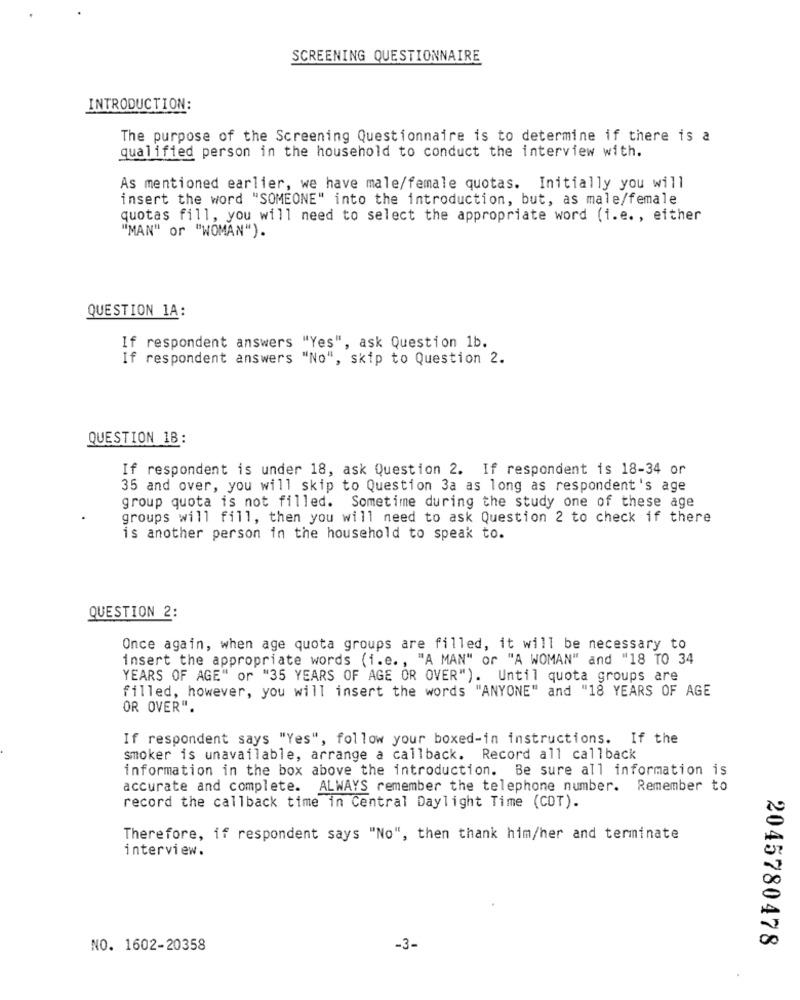
SCREENING QUESTIONNAIRE
INTRODUCTION:
The purpose of the Screening Questionnaire is to determine if there is a
qualified person in the household to conduct the interview with.
As mentioned earlier, we have male/female quotas. Initially you will
insert the word "SOMEONE" into the introduction, but, as male/female
quotas fill, you will need to select the appropriate word (i.e. , either
"MAN" or "WOMAN").
QUESTION 1A:
If respondent answers "Yes", ask Question 1b.
If respondent answers "No", skip to Question 2.
QUESTION 1B:
If respondent is under 18, ask Question 2. If respondent is 18-34 or
35 and over, you will skip to Question 3a as long as respondent's age
group quota is not filled. Sometime during the study one of these age
groups will fill, then you will need to ask Question 2 to check if there
is another person in the household to speak to.
QUESTION 2:
Once again, when age quota groups are filled, it will be necessary to
insert the appropriate words (i.e ., "A MAN" or "A WOMAN" and "18 TO 34
YEARS OF AGE" or "35 YEARS OF AGE OR OVER"). Until quota groups are
filled, however, you will insert the words "ANYONE" and "18 YEARS OF AGE
OR OVER".
If respondent says "Yes", follow your boxed-in instructions. If the
smoker is unavailable, arrange a callback. Record all callback
information in the box above the introduction. Be sure all information is
accurate and complete. ALWAYS remember the telephone number. Remember to
record the callback time in Central Daylight Time (COT).
Therefore, if respondent says "No", then thank him/her and terminate
interview.
2045780478
NO. 1602-20358
-3-